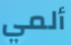
ألمي